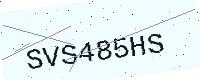
Text: SVS485HS